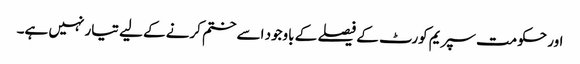
اور حکومت سپریم کورٹ کے فیصلے کے باوجود اسے ختم کرنے کے لیے تیار نہیں ہے۔